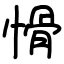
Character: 愲